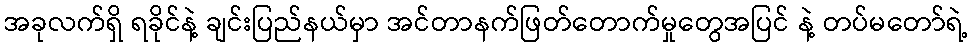
အခုလက်ရှိ ရခိုင်နဲ့ ချင်းပြည်နယ်မှာ အင်တာနက်ဖြတ်တောက်မှုတွေအပြင် နဲ့ တပ်မတော်ရဲ့